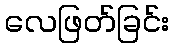
လေဖြတ်ခြင်း